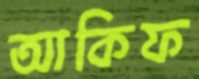
আকিফ